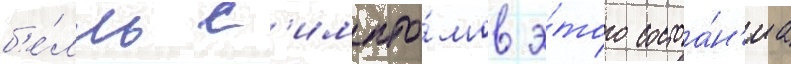
б'е́лль с'импто́мов э́того состоа́н'иа